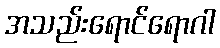
အသည်းရောင်ရောဂါ